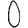
Digit: 0